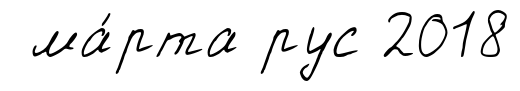
ма́рта рус 2018